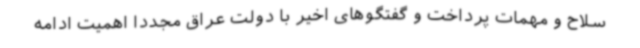
سلاح و مهمات پرداخت و گفتگوهای اخیر با دولت عراق مجددا اهمیت ادامه